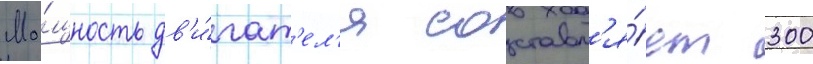
Мо́щность дв'и́гат'ел'я составл'я́ет 300